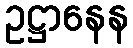
ဥဋ္ဌာနေန